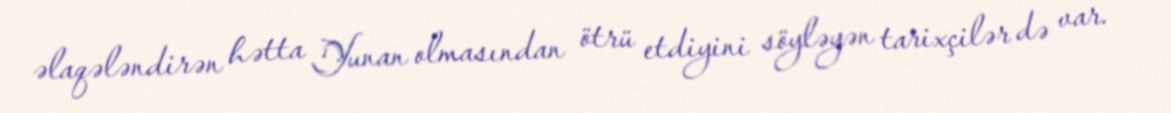
əlaqələndirən hətta Yunan olmasından ötrü etdiyini söyləyən tarixçilər də var.